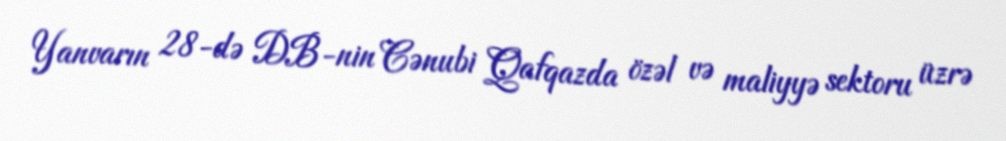
Yanvarın 28-də DB-nin Cənubi Qafqazda özəl və maliyyə sektoru üzrə